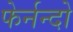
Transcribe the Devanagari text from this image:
फेर्नन्दो